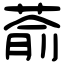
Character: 萮